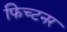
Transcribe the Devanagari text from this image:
फिच्टनर